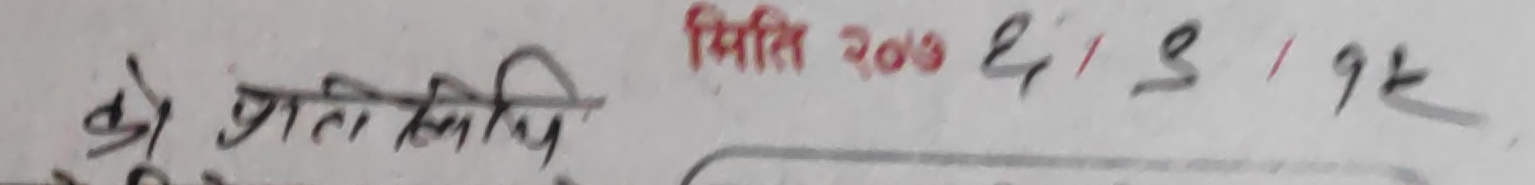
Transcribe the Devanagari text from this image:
को प्रतिलिपि
मिति २०७८/८/१६